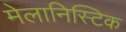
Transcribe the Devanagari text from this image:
मेलानिस्टिक